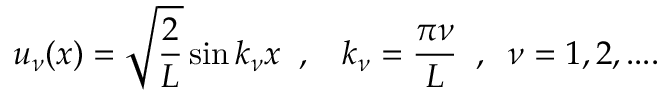
u _ { \nu } ( x ) = \sqrt { \frac { 2 } { L } } \sin k _ { \nu } x \; \; , \; \; \ k _ { \nu } = \frac { \pi \nu } { L } \; \; , \; \; \nu = 1 , 2 , . . . .